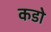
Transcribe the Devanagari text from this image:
कडो